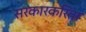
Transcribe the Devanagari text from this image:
सरकारकरिता